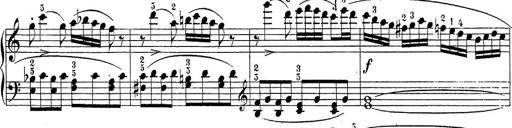
Title: Sonatina Album
Composer: Louis KÃ¶hler